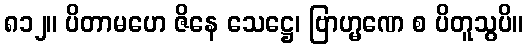
၈၁၂။ ပိတာမဟေ ဇိနေ သေဋ္ဌေ၊ ဗြာဟ္မဏေ စ ပိတူသွပိ။